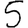
Digit: 5